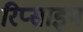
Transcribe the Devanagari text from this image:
रिप्साइम